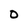
Character: O